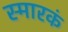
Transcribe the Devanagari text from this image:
स्मारकं